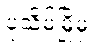
ပုသိမ်မြို့မှ